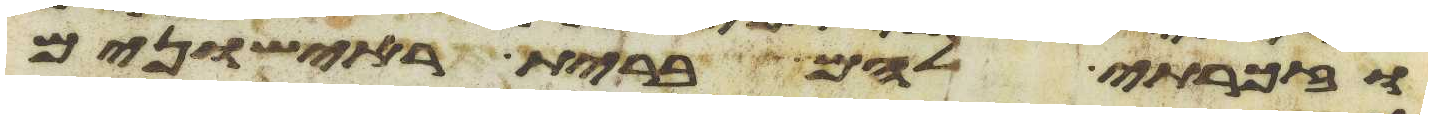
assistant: וזכרתי להם ברית ראישונים